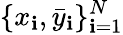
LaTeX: \{ x_{\mathbf{i}},\bar{{y}}_{\mathbf{i}}\} _{\mathbf{i}=1}^{N}